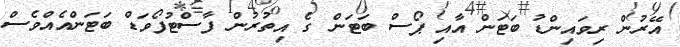
އޭރުން ރިވައިންޑު ބަޓަން އާއި ޕޯސް ބަޓަން ގެ އިތުރުން ފާސްޓުފޯވަޑް ބަޓަންއެއްވެސް